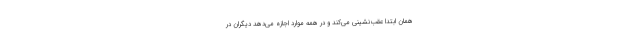
همان ابتدا عقب‌نشینی می‌کند و در همه موارد اجازه می‌دهد دیگران در